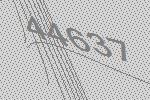
44637